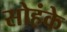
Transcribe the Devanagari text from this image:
सोहंके